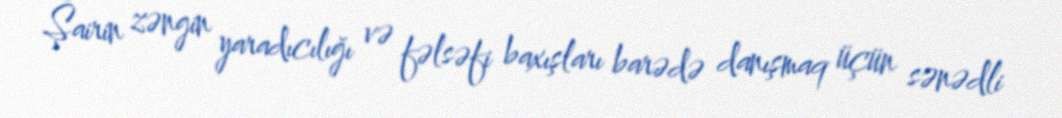
Şairin zəngin yaradıcılığı və fəlsəfi baxışları barədə danışmaq üçün sənədli